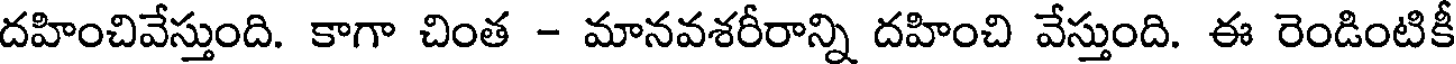
దహించివేస్తుంది. కాగా చింత - మానవశరీరాన్ని దహించి వేస్తుంది. ఈ రెండింటికీ